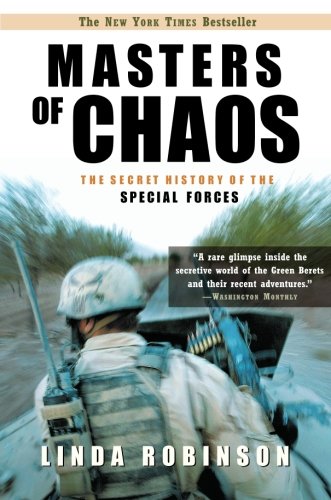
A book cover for Masters of Chaos: The Secret History of the Special Forces; Linda Robinson; History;